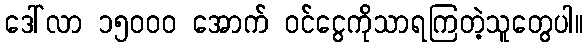
ဒေါ်လာ ၁၅၀၀၀ အောက် ဝင်ငွေကိုသာရကြတဲ့သူတွေပါ။